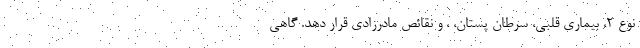
نوع 2، بیماری قلبی، سرطان پستان، ، و نقائص مادرزادی قرار دهد. گاهی